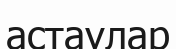
астаулар